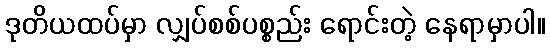
ဒုတိယထပ်မှာ လျှပ်စစ်ပစ္စည်း ရောင်းတဲ့ နေရာမှာပါ။